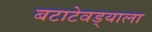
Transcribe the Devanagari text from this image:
बटाटेवड्याला